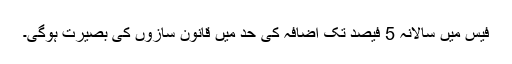
فیس میں سالانہ 5 فیصد تک اضافہ کی حد میں قانون سازوں کی بصیرت ہوگی۔